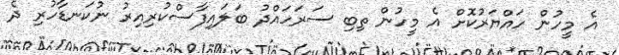
އެ މީހުން ހައްޔަރުކޮށް އެ މީހުން ތިބި ސަރަހައްދު ބަލައިފާސްކުރިއިރު ނުކަނޑާހުރި ދެ